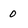
Character: O